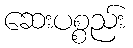
ဆေးပစ္စည်း